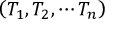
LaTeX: \left( T _ { 1 } , T _ { 2 } , \cdots T _ { n } \right)